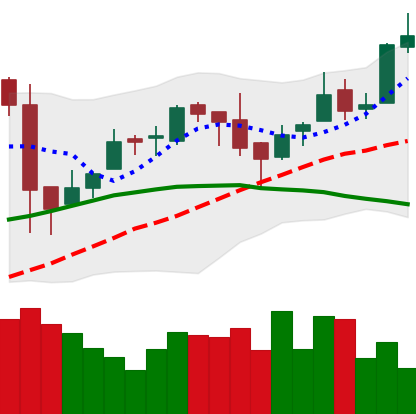
Ticker: BTC-USD
Chart end date: 2016-04-16
Forward return: 4.379%
Label: up_3_5